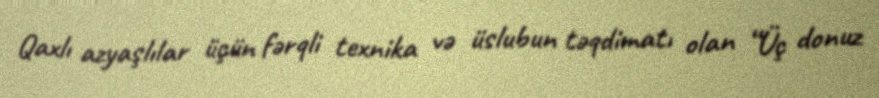
Qaxlı azyaşlılar üçün fərqli texnika və üslubun təqdimatı olan “Üç donuz